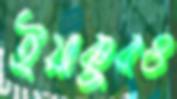
ইয়াকুবও